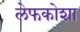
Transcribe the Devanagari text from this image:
लेफकोशा